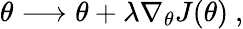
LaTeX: \theta\longrightarrow\theta+\lambda\nabla_{\theta}J(\theta)~,